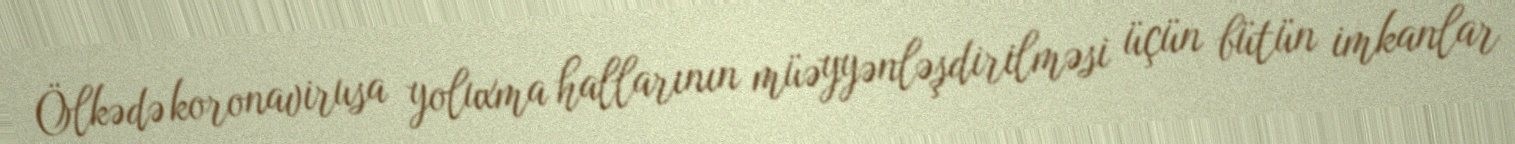
Ölkədə koronavirusa yoluxma hallarının müəyyənləşdirilməsi üçün bütün imkanlar